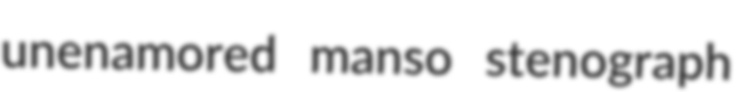
unenamored manso stenograph